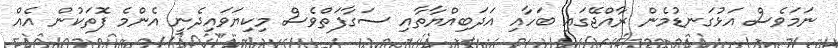
ނަމަވެސް އަޅުގަނޑުމެން ރާއްޖޭގައި ބަހާއި އަދަބިއްޔާތާއި ސަގާފަތްވެސް މިކިޔަވައިދެނީ އެންމެ ފޮތަކުން އެއް